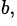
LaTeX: ^{b,}